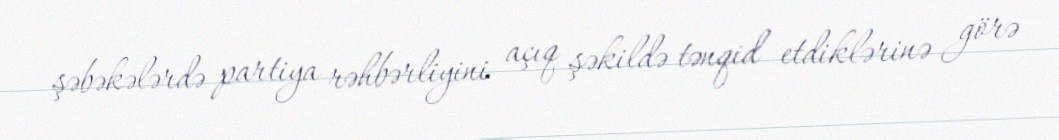
şəbəkələrdə partiya rəhbərliyini açıq şəkildə tənqid etdiklərinə görə